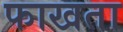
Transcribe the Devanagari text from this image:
फाखता